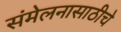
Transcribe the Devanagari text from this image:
संमेलनासाठीचे